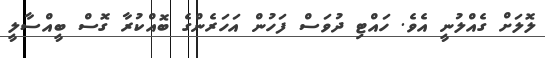
ލޮލަށް ގެއްލުނީ އެވެ. ހައްޓި ދުވަސް ފަހުން އަހަރެންގެ ބޮއްކުރާ ގޮސް ބީއްސާލީ